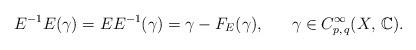
LaTeX: \begin{align*}E^{-1} E(\gamma)= E E^{-1} (\gamma)= \gamma - F_{E}(\gamma), ~~~~~ \gamma \in C^{\infty} _{p,\,q}(X,\,\mathbb{C}).\end{align*}